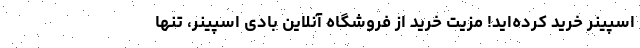
اسپینر خرید کرده‌اید! مزیت خرید از فروشگاه آنلاین بادی اسپینر، تنها